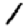
Digit: 1